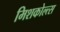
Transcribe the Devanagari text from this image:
मिशकोल्त्स